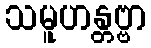
သမူဟန္တဗ္ဗာ